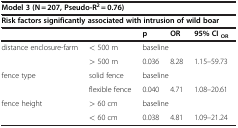
<table><thead><tr><td colspan="5"><b>Model 3 (N = 207, Pseudo-R<sup>2</sup> = 0.76)</b></td></tr></thead><tbody><tr><td colspan="5"><b>Risk factors significantly associated with intrusion of wild boar</b></td></tr><tr><td colspan="2"> </td><td><b>p</b></td><td><b>OR</b></td><td><b>95% CI</b><sub><b>OR</b></sub></td></tr><tr><td rowspan="2">distance enclosure-farm</td><td>&lt; 500 m</td><td colspan="3">baseline</td></tr><tr><td>&gt; 500 m</td><td>0.036</td><td>8.28</td><td>1.15–59.73</td></tr><tr><td rowspan="2">fence type</td><td>solid fence</td><td colspan="3">baseline</td></tr><tr><td>flexible fence</td><td>0.040</td><td>4.71</td><td>1.08–20.61</td></tr><tr><td>fence height</td><td>&gt; 60 cm</td><td colspan="3">baseline</td></tr><tr><td> </td><td>&lt; 60 cm</td><td>0.038</td><td>4.81</td><td>1.09–21.24</td></tr></tbody></table>